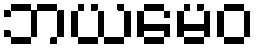
ဘယမေဝ